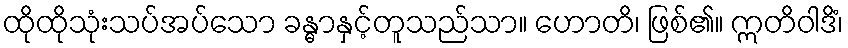
ထိုထိုသုံးသပ်အပ်သော ခန္ဓာနှင့်တူသည်သာ။ ဟောတိ၊ ဖြစ်၏။ ဣတိဝါဒိံ၊